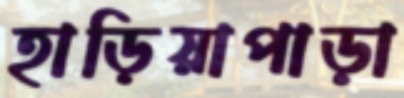
হাড়িয়াপাড়া